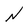
Character: N